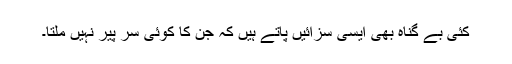
کئی بے گناہ بھی ایسی سزائیں پاتے ہیں کہ جن کا کوئی سر پیر نہیں ملتا۔